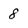
Character: 8